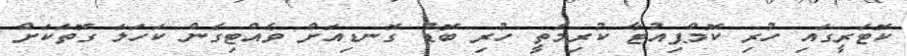
ކޮޓަރީގައި ހުރި ކޮމްޕިއުޓާ ކުރިމަތީ ހުރި ބޮޑު ގޮނޑިއަށް ވެއްޓިގެން ކަހަލަ ގޮތަކަށް